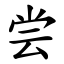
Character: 尝